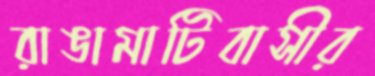
রাঙামাটিবাসীর